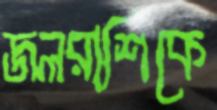
জলরাশিকে